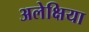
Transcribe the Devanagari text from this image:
अलेक्षिया